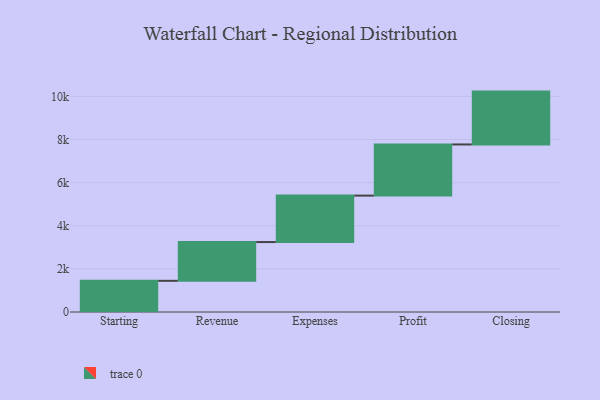
{"axis": {"x": "Step", "y": "Value"}, "legend": [""], "data": [{"x": "Starting", "y": 1446.0, "type": ""}, {"x": "Revenue", "y": 1798.0, "type": ""}, {"x": "Expenses", "y": 2154.0, "type": ""}, {"x": "Profit", "y": 2373.0, "type": ""}, {"x": "Closing", "y": 2451.0, "type": ""}]}